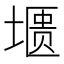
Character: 𰊛